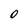
Character: 0